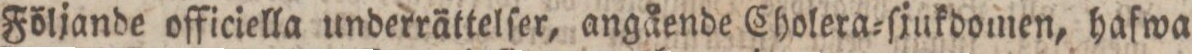
Följande officiella underrättelſer, angående Cholera=ſjukdomen, hafwa